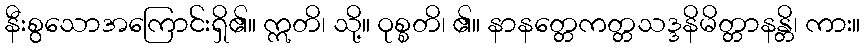
နီးစွသောအကြောင်းရှိ၏။ ဣတိ၊ သို့။ ဝုစ္စတိ၊ ၏။ နာနတ္တေကတ္တသဒ္ဒနိမိတ္တာနန္တိ၊ ကား။